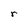
Character: r